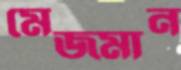
মেজমান